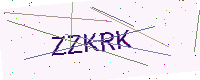
Text: ZZKRK